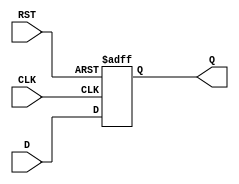
/**
 *  Codasip s.r.o.
 * 
 *  CONFIDENTIAL
 * 
 *  Copyright 2024 Codasip s.r.o.
 * 
 *  All Rights Reserved.
 *  This file is part of the Codasip Studio product. No part of the Studio product, including this
 *  file, may be use, copied, modified, or distributed except in accordance with the terms contained
 *  in Codasip license agreement under which you obtained this file.
 * 
 *  \file
 *  \date    2024-02-27
 *  \author  Codasip (c) HW generator
 *  \version 9.4.2
 *  \brief   Contains definition of generic register with synchronous write, configurable reset and with no write enable signal.
 */

module d_ff_rst_t #(
    parameter integer BIT_WIDTH = 32'sd8,
    parameter [BIT_WIDTH-1:0] DEFAULT_VALUE = {BIT_WIDTH{1'b0}},
    parameter [0:0] RESET_LEVEL = 1'b0,
    parameter [0:0] RESET_SYNC = 1'b0
) (
    input  wire CLK,
    input  wire RST,
    input  wire [(BIT_WIDTH)-1:0] D,
    output wire [(BIT_WIDTH)-1:0] Q
);
    // local register holding the stored value
    reg [BIT_WIDTH-1:0] Q_reg;

    generate
        if ( RESET_SYNC ) begin : SYNC
            always @( posedge CLK ) begin
                if ( RST == RESET_LEVEL ) begin
                    Q_reg <= DEFAULT_VALUE;
                end else begin
                    Q_reg <= D;
                end
            end
        end else if ( RESET_LEVEL ) begin : ASYNC_HIGH
            always @( posedge CLK or posedge RST ) begin
                if ( RST == 1'b1 ) begin
                    Q_reg <= DEFAULT_VALUE;
                end else begin
                    Q_reg <= D;
                end
            end
        end else begin : ASYNC_LOW
            always @( posedge CLK or negedge RST ) begin
                if ( RST == 1'b0 ) begin
                    Q_reg <= DEFAULT_VALUE;
                end else begin
                    Q_reg <= D;
                end
            end
        end
    endgenerate

    assign Q = Q_reg;
endmodule // d_ff_rst_t